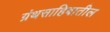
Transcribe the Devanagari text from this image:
ग्रंथसाहिबातील